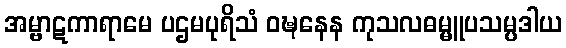
အမ္ဗာဋကာရာမေ ပဌမပုရိသံ ဝဍ္ဎနေန ကုသလဓမ္မူပသမ္ပဒါယ